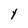
Character: Y